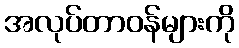
အလုပ်တာဝန်များကို